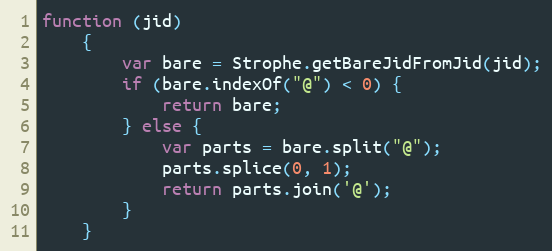
Language: JavaScript
function (jid)
    {
        var bare = Strophe.getBareJidFromJid(jid);
        if (bare.indexOf("@") < 0) {
            return bare;
        } else {
            var parts = bare.split("@");
            parts.splice(0, 1);
            return parts.join('@');
        }
    }